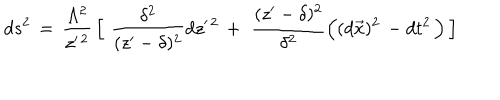
d s ^ { 2 } \, = \, { \frac { \Lambda ^ { 2 } } { z ^ { \prime \, 2 } } } \, \Big \lbrack \, \, { \frac { \delta ^ { 2 } } { ( z ^ { \prime } - \delta ) ^ { 2 } } } d z ^ { \prime \, 2 } \, + \, \, { \frac { ( z ^ { \prime } - \delta ) ^ { 2 } } { \delta ^ { 2 } } } \Big ( ( d \vec { x } ) ^ { 2 } \, - d t ^ { 2 } \, \Big ) \, \Big \rbrack